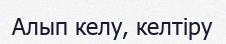
Алып келу, келтіру